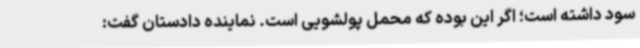
سود داشته است؛ اگر این بوده که محمل پولشویی است. نماینده دادستان گفت: